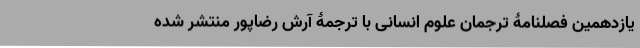
یازدهمین فصلنامۀ‌ ترجمان علوم انسانی با ترجمۀ آرش رضاپور منتشر شده